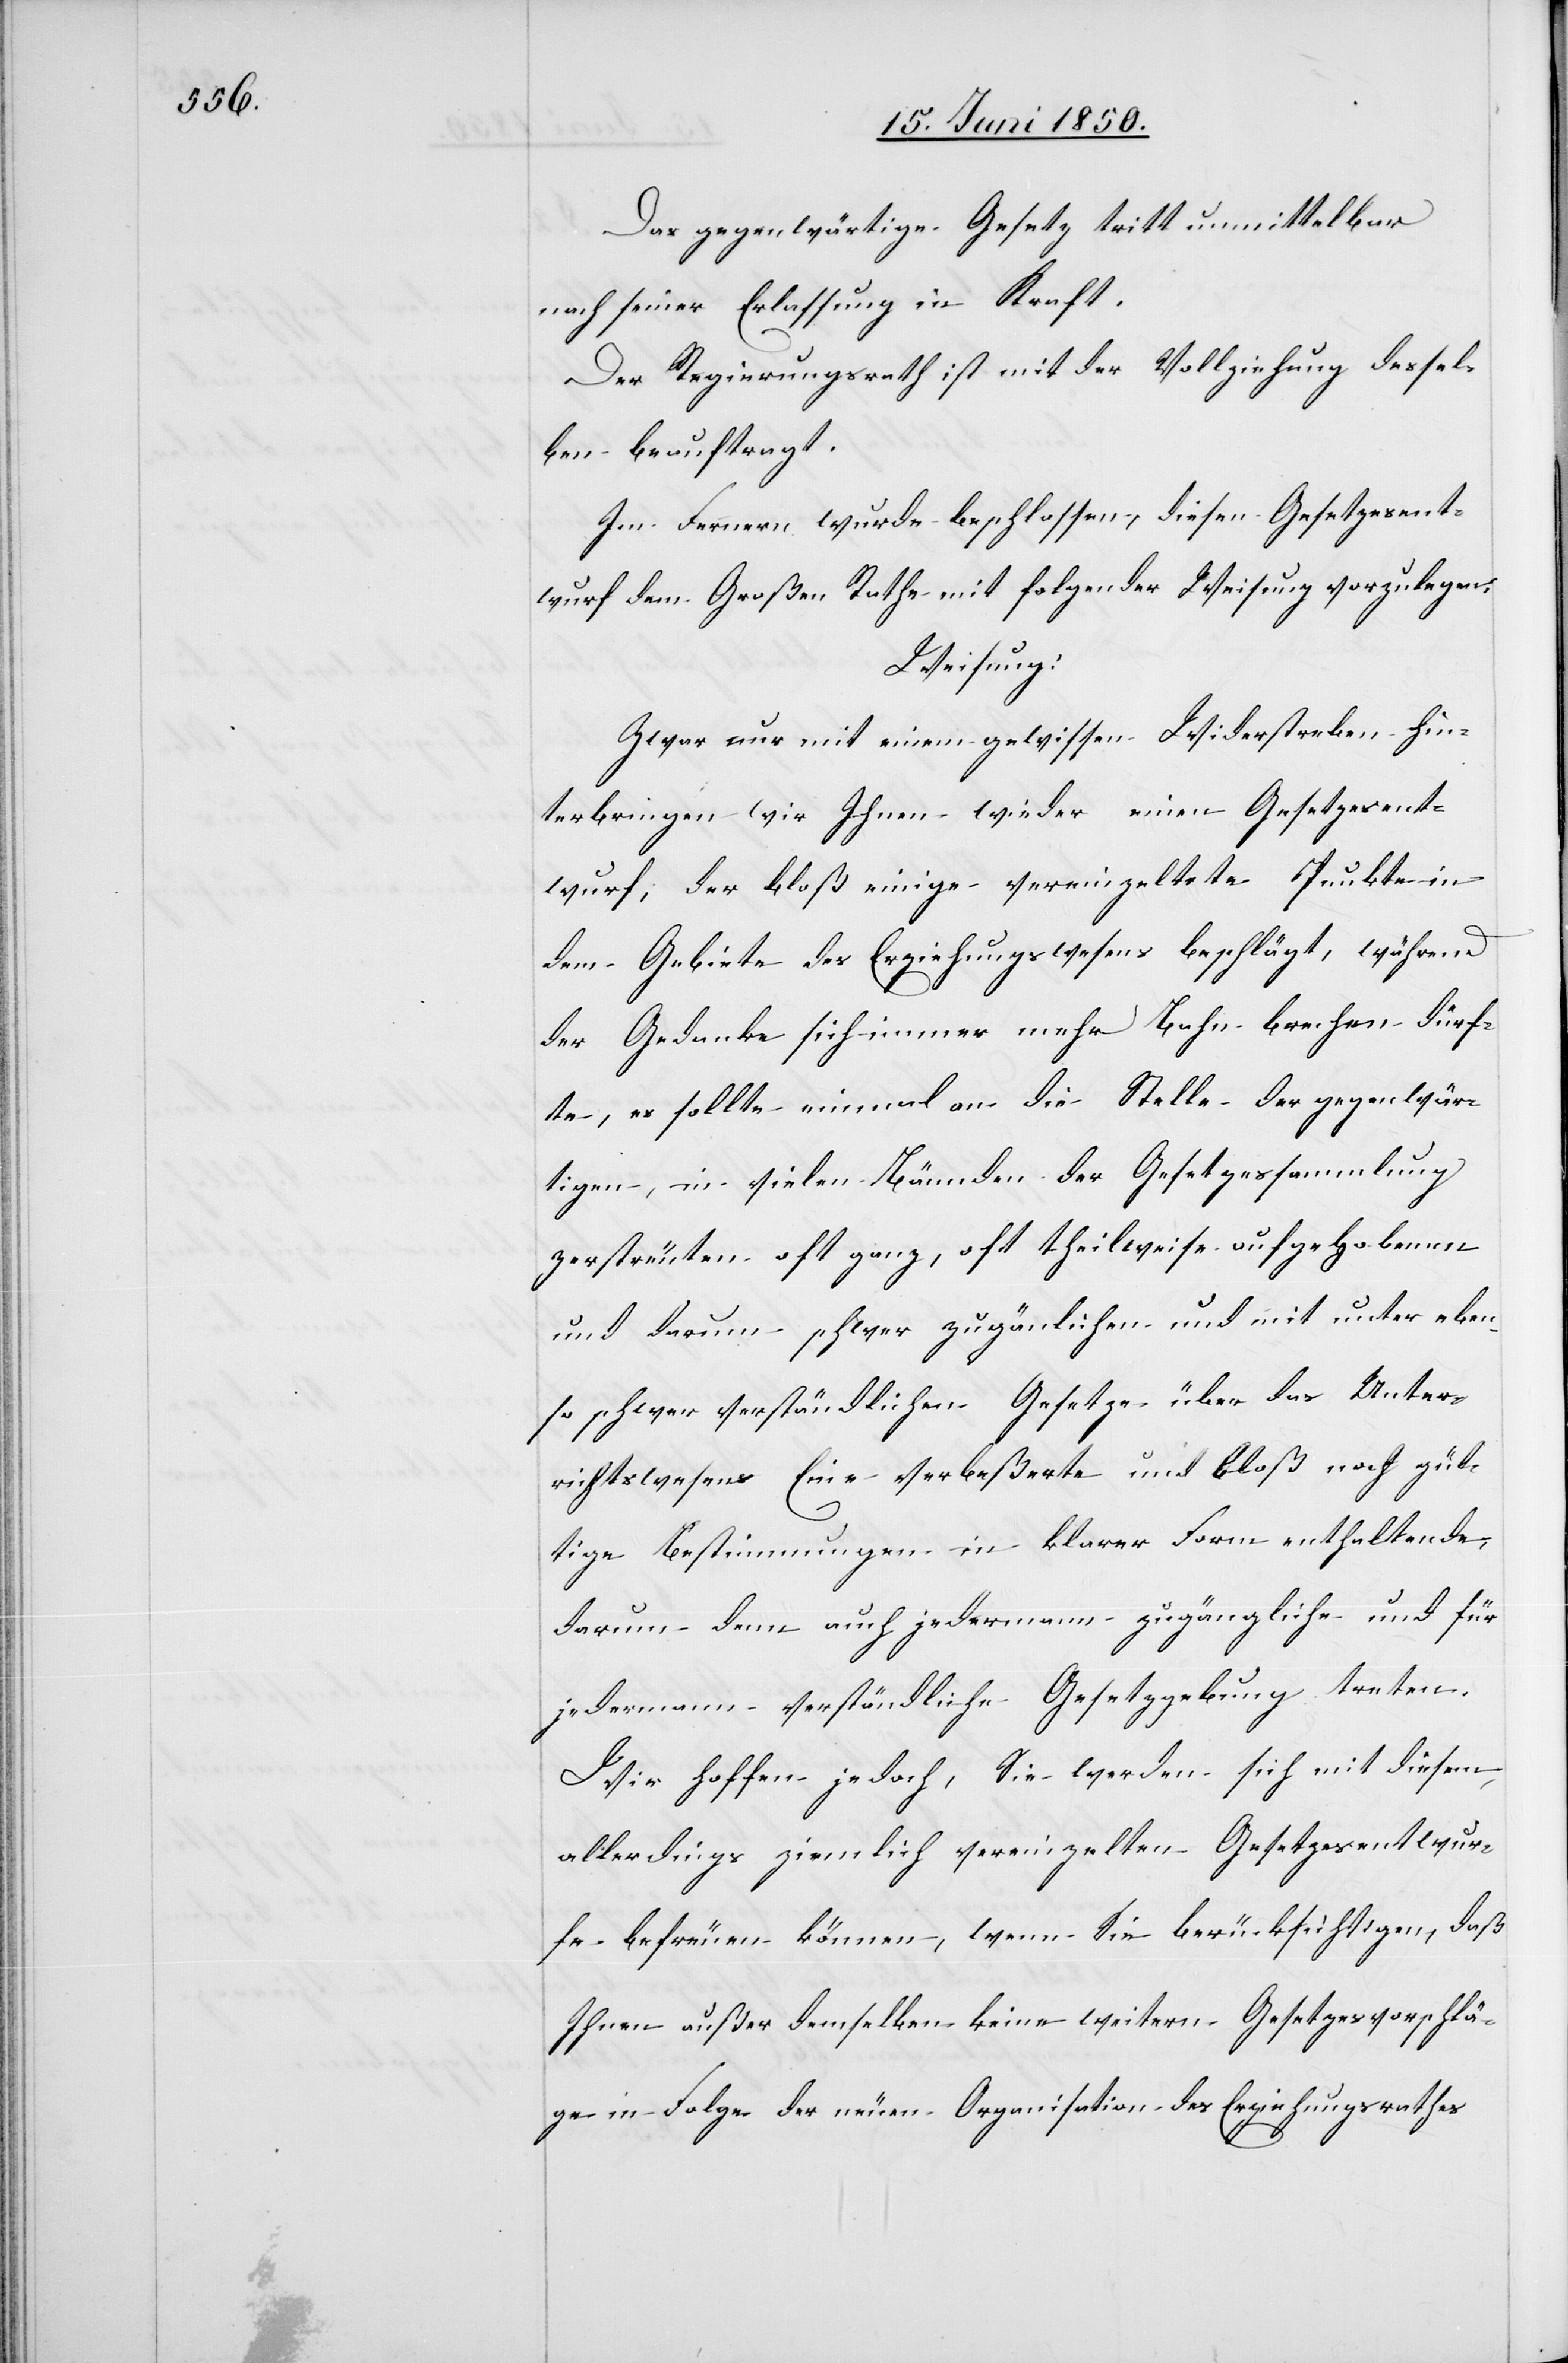
Das gegenwärtige Gesetz tritt unmittelbar
nach seiner Erlassung in Kraft.
Der Regierungsrath ist mit der Vollziehung dessel¬
ben beauftragt.
Im Fernern wurde beschlossen, diesen Gesetzesent¬
wurf dem Großen Rathe mit folgender Weisung vorzulegen:
Weisung:
Zwar nur mit einem gewissen Widerstreben hin¬
terbringen wir Ihnen wieder einen Gesetzesent¬
wurf, der bloß einige vereinzeltete [sic!] Punkte in
dem Gebiete des Erziehungswesens beschlägt, während
der Gedanke sich immer mehr Bahn brechen dürf¬
te, es sollte einmal an die Stelle der gegenwär¬
tigen in vielen Bännden [sic!] der Gesetzessammlung
zerstreuten oft ganz, oft theilweise aufgehobenen
und darum schwer zugän[g]lichen und mitunter eben¬
so schwer verständlichen Gesetze über das Unter¬
richtswesen Eine verbeßerte und bloß noch gül¬
tige Bestimmungen in klarer Form enthaltende,
darum denn auch jedermann zugängliche und für
jedermann verständliche Gesetzgebung treten.
Wir hoffen jedoch, Sie werden sich mit diesem,
allerdings ziemlich vereinzelten Gesetzesentwur¬
fe befreuen können, wenn Sie berücksichtigen, daß
Ihnen außer demselben keine weitern Gesetzesvorschlä¬
ge in Folge der neuen Organisation des Erziehungsrathes